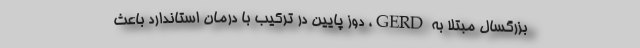
بزرگسال مبتلا به GERD، دوز پایین در ترکیب با درمان استاندارد باعث